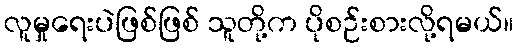
လူမှုရေးပဲဖြစ်ဖြစ် သူတို့က ပိုစဉ်းစားလို့ရမယ်။